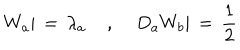
LaTeX: W _ { a } | \, = \, \lambda _ { a } \; , \; D _ { a } W _ { b } | \, = \, \frac { 1 } { 2 }